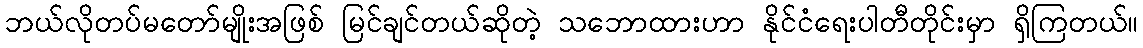
ဘယ်လိုတပ်မတော်မျိုးအဖြစ် မြင်ချင်တယ်ဆိုတဲ့ သဘောထားဟာ နိုင်ငံရေးပါတီတိုင်းမှာ ရှိကြတယ်။